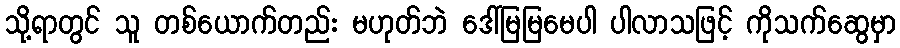
သို့ရာတွင် သူ တစ်ယောက်တည်း မဟုတ်ဘဲ ဒေါ်မြမြမေပါ ပါလာသဖြင့် ကိုသက်ဆွေမှာ